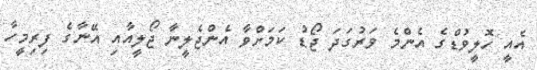
އެއީ ހޮލީވުޑްގެ އެންމެ ވަރުގަދަ ޖޯޑު ކަމަށްވާ އެންޖެލީނާ ޖޯލީއާއި އޭނާގެ ފިރިމީހާ